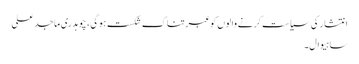
انتشار کی سیاست کرنے والوں کو عبرتناک شکست ہوگی، چوہدری ماجد علی
ساہیوال۔